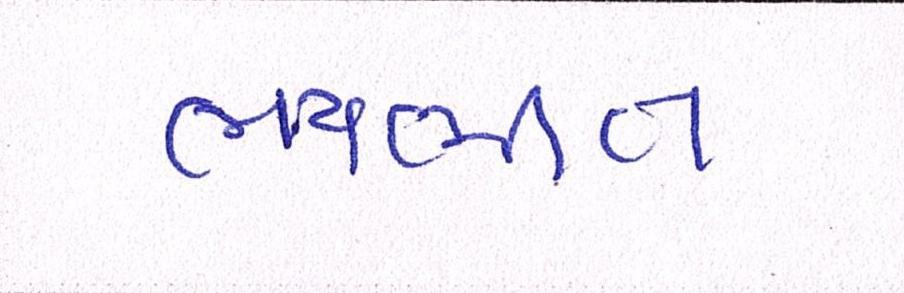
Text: ભયભીત